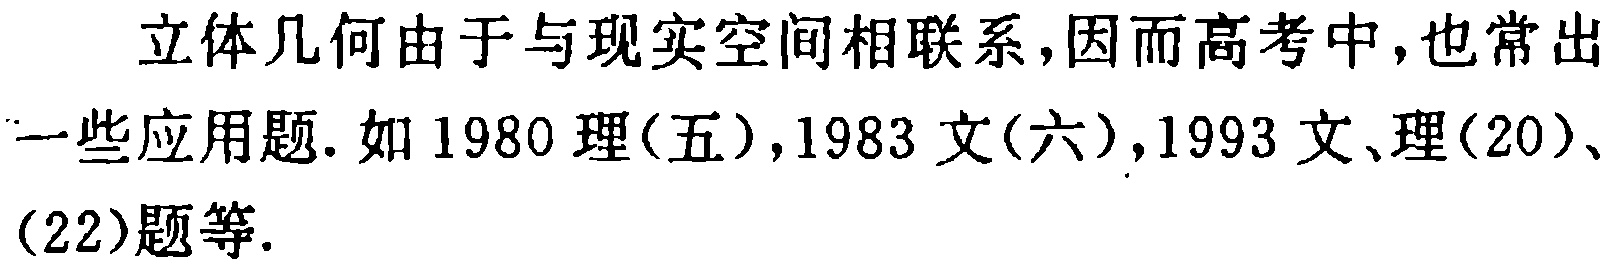
立体几何由于与现实空间相联系，因而高考中，也常出一些应用题. 如1980理(五)，1983文(六)，1993文、理(20)、(22)题等.